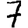
Digit: 7